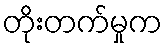
တိုးတက်မှုက